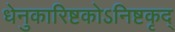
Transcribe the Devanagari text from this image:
धेनुकारिष्टकोऽनिष्टकृद्